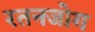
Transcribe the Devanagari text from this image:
रतनजोग